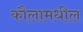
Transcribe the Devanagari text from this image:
कौलामधील